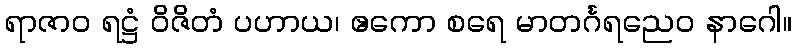
ရာဇာဝ ရဋ္ဌံ ဝိဇိတံ ပဟာယ၊ ဧကော စရေ မာတင်္ဂရညေဝ နာဂေါ။